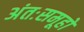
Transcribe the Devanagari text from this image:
अंतःसमूहों